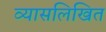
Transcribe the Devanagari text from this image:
व्यासलिखित